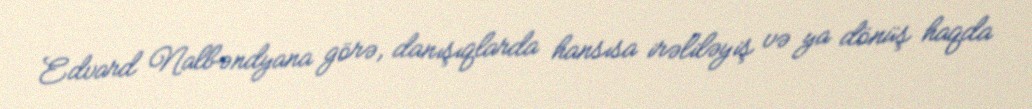
Edvard Nalbəndyana görə, danışıqlarda hansısa irəliləyiş və ya dönüş haqda